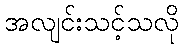
အလျင်းသင့်သလို